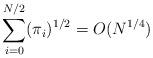
LaTeX: \begin{align*}\sum_{i=0}^{N/2}(\pi _{i})^{1/2}=O(N^{1/4})\end{align*}